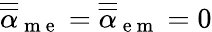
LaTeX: \overline{{\overline{{\mathbf{\alpha}}}}}_{\mathrm{~m~e~}}=\overline{{\overline{{\mathbf{\alpha}}}}}_{\mathrm{~e~m~}}=0